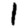
Digit: 1